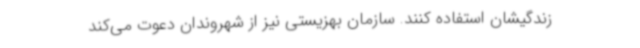
زندگیشان استفاده کنند. سازمان بهزیستی نیز از شهروندان دعوت می‌کند